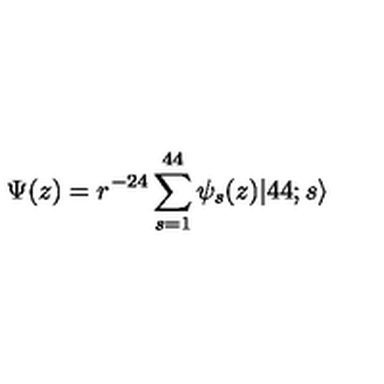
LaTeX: \Psi ( z ) = r ^ { - 2 4 } \sum _ { s = 1 } ^ { 4 4 } \psi _ { s } ( z ) | 4 4 ; s \rangle